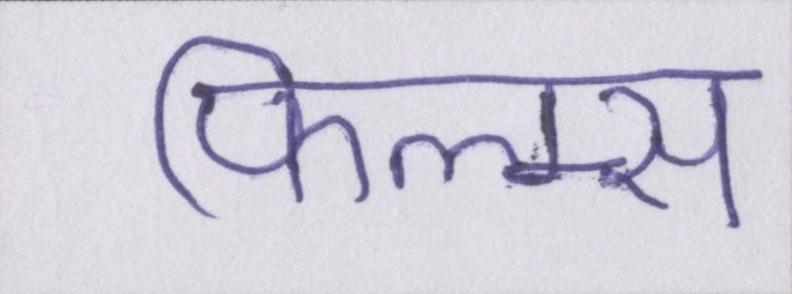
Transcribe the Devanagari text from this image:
फिल्म्स